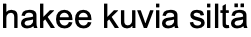
hakee kuvia siltä